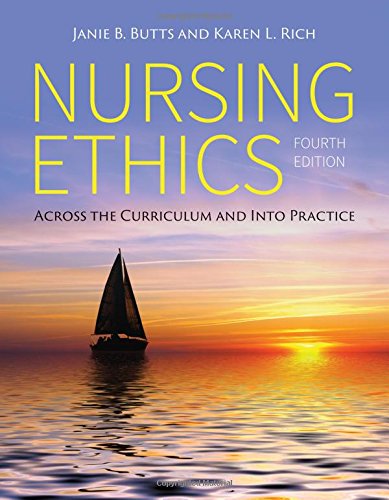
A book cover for Nursing Ethics: Across the Curriculum and Into Practice; Janie B. Butts; Medical Books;